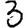
Digit: 3